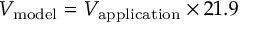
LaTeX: V _ { \mathrm { m o d e l } } = V _ { \mathrm { a p p l i c a t i o n } } \times 2 1 . 9